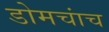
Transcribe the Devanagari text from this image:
डोमचांच